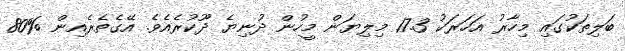
ބަލިތަކުގައި މިހާރު އަހަރަކު 17.3 މިލިޔަން މީހުން ދުނިޔެ ދޫކުރެއެވެ. އޭގެތެރެއިން %80